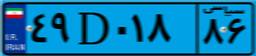
۹۶D۳۴۶۶۰